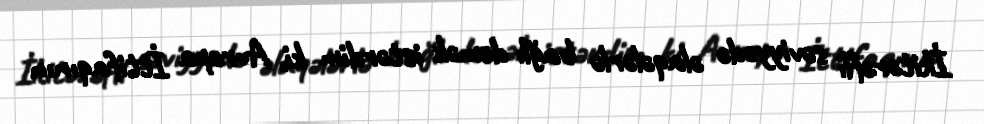
İkitərəfli səviyyədə əlaqələrlə bağlı demək istərdim ki, Avropa İttifaqının